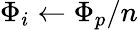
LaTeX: {\Phi_{i}}\gets{\Phi_{p}}/n